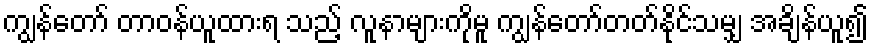
ကျွန်တော် တာဝန်ယူထားရ သည့် လူနာများကိုမူ ကျွန်တော်တတ်နိုင်သမျှ အချိန်ယူ၍